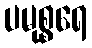
ပမုစ္စရေ